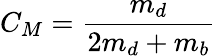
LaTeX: C_{M}=\frac{m_{d}}{2m_{d}+m_{b}}